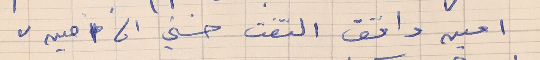
امين واقف التفت حسني الى "امين"